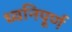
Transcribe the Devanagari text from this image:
ध्वनिपूर्ण